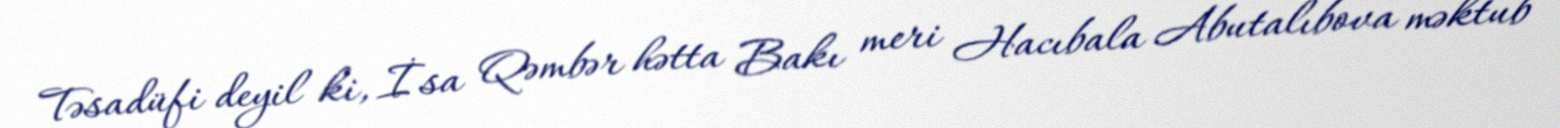
Təsadüfi deyil ki, İsa Qəmbər hətta Bakı meri Hacıbala Abutalıbova məktub